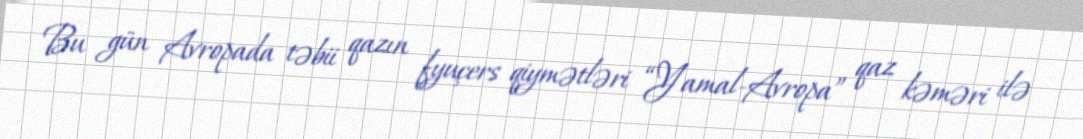
Bu gün Avropada təbii qazın fyuçers qiymətləri “Yamal-Avropa” qaz kəməri ilə